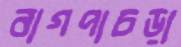
বাগপাচড়া